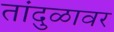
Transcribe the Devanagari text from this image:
तांदुळावर